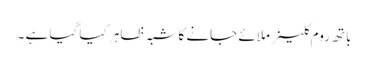
باتھ روم کلینر ملائے جانے کا شبہ ظاہر کیا گیا ہے ۔